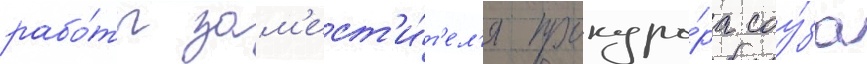
рабо́ты зам'ест'и́т'ел'я прокуро́ра соу́за